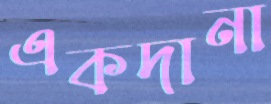
একদানা